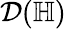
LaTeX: \mathcal{D}(\mathbb{H})